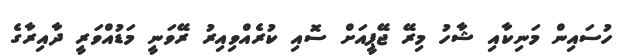
ހުސައިން މަނިކާއި ޝާހު މިރޭ ޖޭޕީއަށް ސޮއި ކުރެއްވިއިރު ރޭވަނީ މަޑުއްވަރީ ދާއިރާގެ